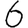
Digit: 6